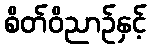
စိတ်ဝိညာဉ်နှင့်